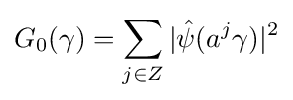
G_{0}(\gamma )=\sum _{j\in Z}|{\hat {\psi }}(a^{j}\gamma )|^{2}